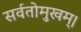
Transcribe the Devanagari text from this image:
सर्वतोमुखम्।